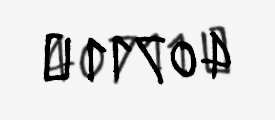
40711 ₼